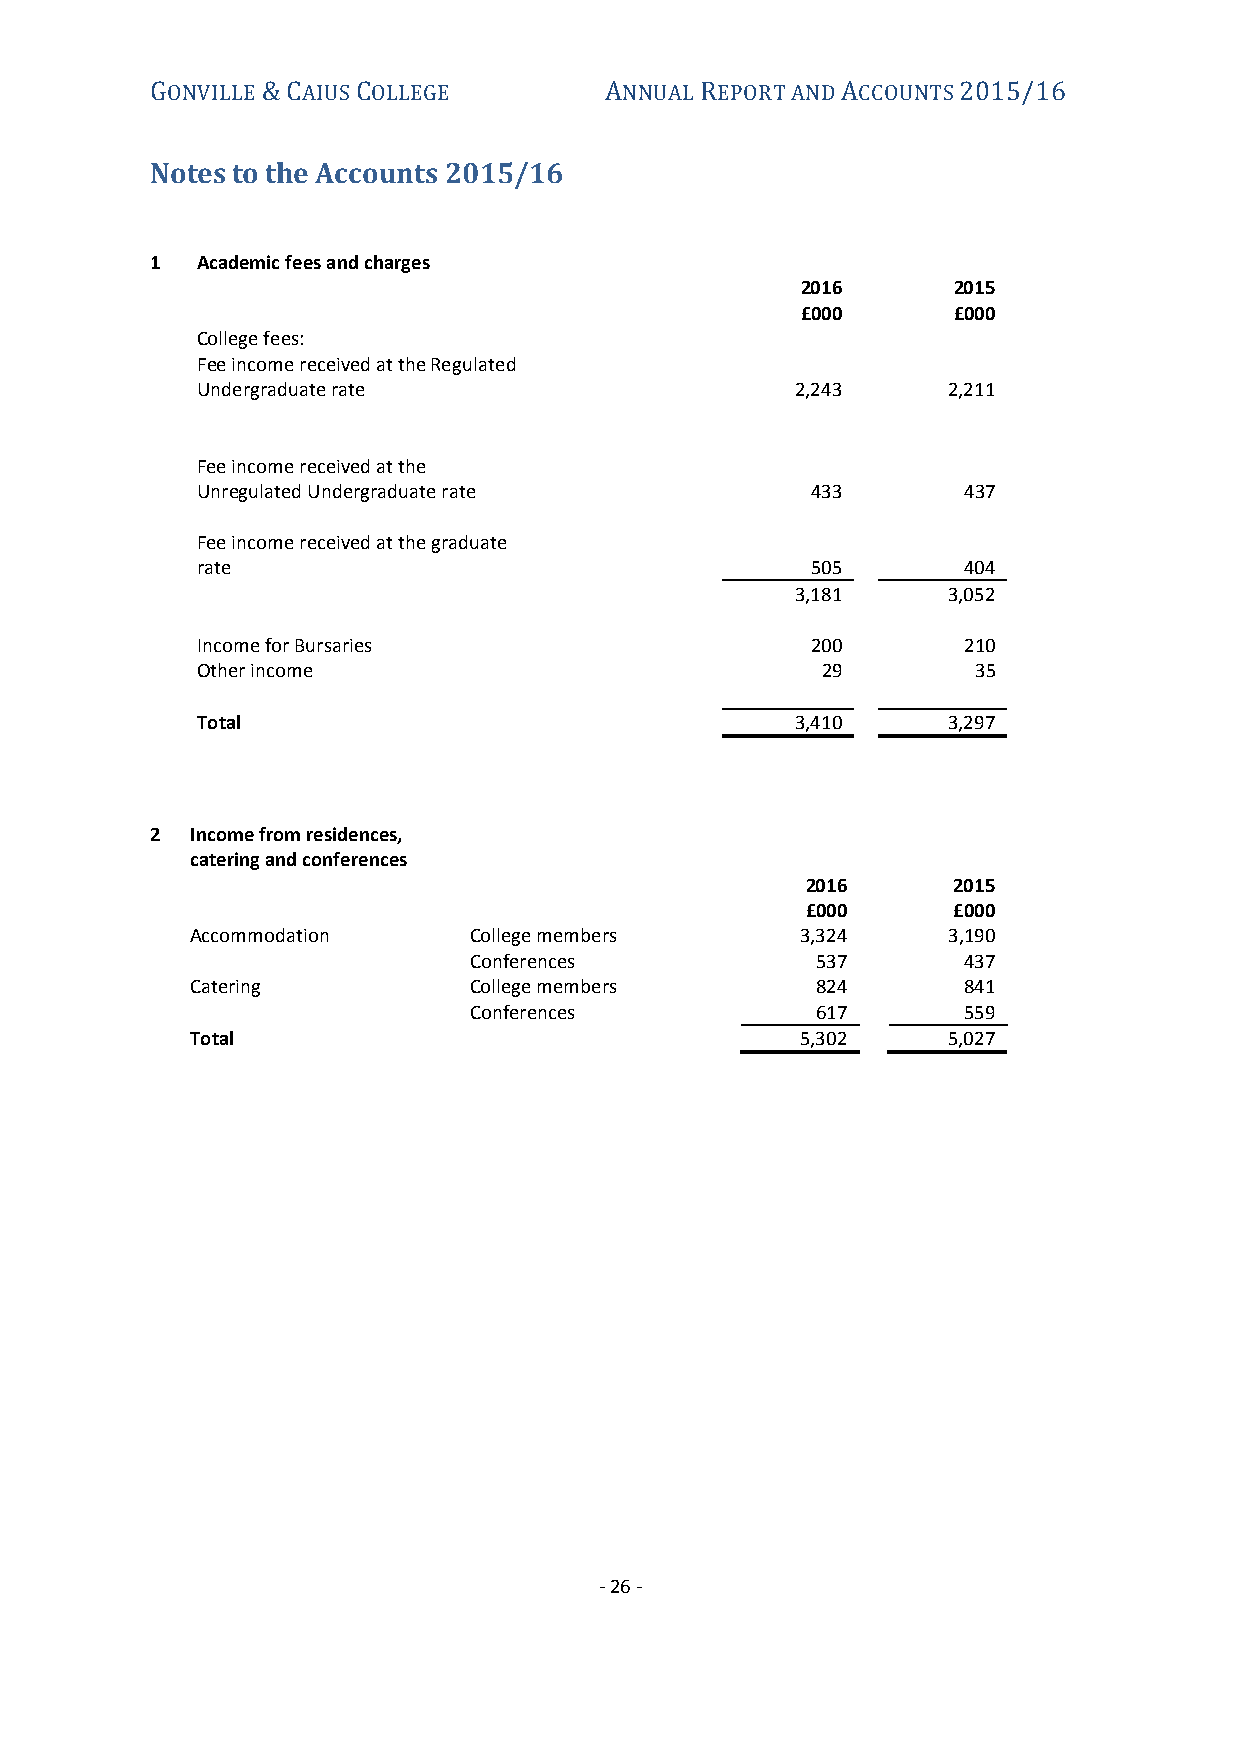
GONVILLE & CAIUS COLLEGE      ANNUAL REPORT AND ACCOUNTS 2015/16
 Notes to the Accounts 2015/16
 1  Academic fees and charges
 2016      2015
 £000      £000
 College fees:
 Fee income received at the Regulated
 Undergraduate rate                      2,243     2,211
 Fee income received at the
 Unregulated Undergraduate rate           433       437
 Fee income received at the graduate
 rate                                     505       404
 3,181     3,052
 Income for Bursaries                     200       210
 Other income                             29         35
 Total                                   3,410     3,297
 2  Income from residences,
 catering and conferences
 2016      2015
 £000      £000
 Accommodation     College members       3,324     3,190
 Conferences            537       437
 Catering          College members        824       841
 Conferences            617       559
 Total                                   5,302     5,027
 - 26 -